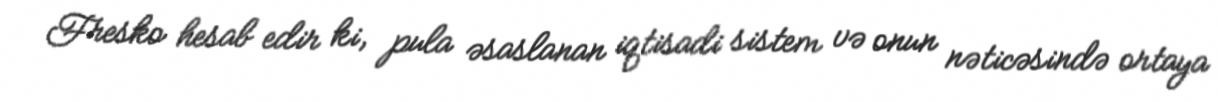
Fresko hesab edir ki, pula əsaslanan iqtisadi sistem və onun nəticəsində ortaya